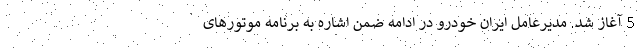
5 آغاز شد. مدیرعامل ایران خودرو در ادامه ضمن اشاره به برنامه موتورهای